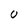
Character: U